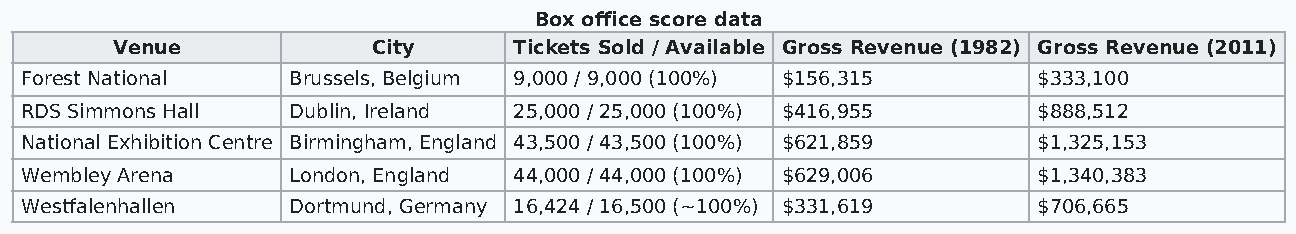
Box office score data
 Venue             City     Tickets Sold / Available Gross Revenue (1982) Gross Revenue (2011)
 Forest National   Brussels, Belgium 9,000 / 9,000 (100%) $156,315   $333,100
 RDS Simmons Hall  Dublin, Ireland 25,000 / 25,000 (100%) $416,955   $888,512
 National Exhibition Centre Birmingham, England 43,500 / 43,500 (100%) $621,859 $1,325,153
 Wembley Arena     London, England 44,000 / 44,000 (100%) $629,006   $1,340,383
 Westfalenhallen   Dortmund, Germany 16,424 / 16,500 (~100%) $331,619 $706,665